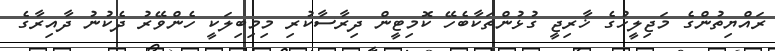
ރައްޔިތުންގެ މަޖިލީހުގެ ޚާރިޖީ ގުޅުންތަކާބެހޭ ކޮމިޓީން ދިރާސާކުރި މިމިބިލަކީ ހެންވޭރު ދެކުނު ދާއިރާގެ